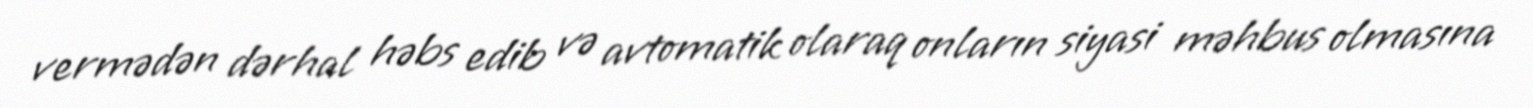
vermədən dərhal həbs edib və avtomatik olaraq onların siyasi məhbus olmasına